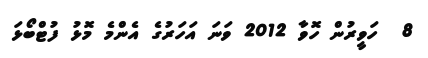
8  ހަވީރުން ހޮވާ 2012 ވަނަ އަހަރުގެ އެންމެ މޮޅު ފުޓްބޯޅަ